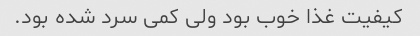
کیفیت غذا خوب بود ولی کمی سرد شده بود.